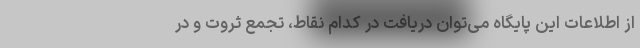
از اطلاعات این پایگاه می‌توان دریافت در کدام نقاط، تجمع ثروت و در